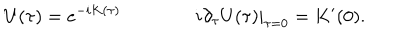
U ( \tau ) = e ^ { - i K ( \tau ) } \qquad \qquad \left. i \partial _ { \tau } U ( \tau ) \right| _ { \tau = 0 } = K ^ { \prime } ( 0 ) .